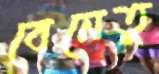
বেনেতু